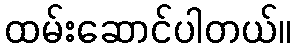
ထမ်းဆောင်ပါတယ်။